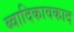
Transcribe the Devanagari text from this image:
ब्वादिकावकाद